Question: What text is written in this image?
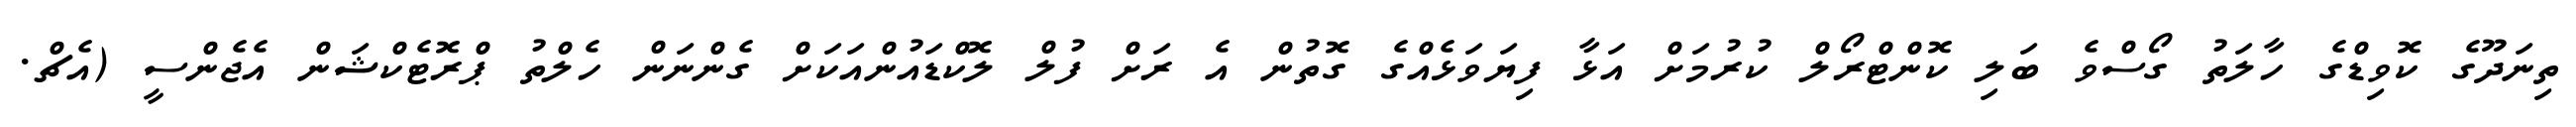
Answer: ތިނަދޫގެ ކޮވިޑްގެ ހާލަތު ގޯސްވެ ބަލި ކޮންޓްރޯލް ކުރުމަށް އަޅާ ފިޔަވަޅެއްގެ ގޮތުން އެ ރަށް ފުލް ލޮކްޑައުންއަކަށް ގެންނަން ހެލްތު ޕްރޮޓެކްޝަން އެޖެންސީ (އެޗް.